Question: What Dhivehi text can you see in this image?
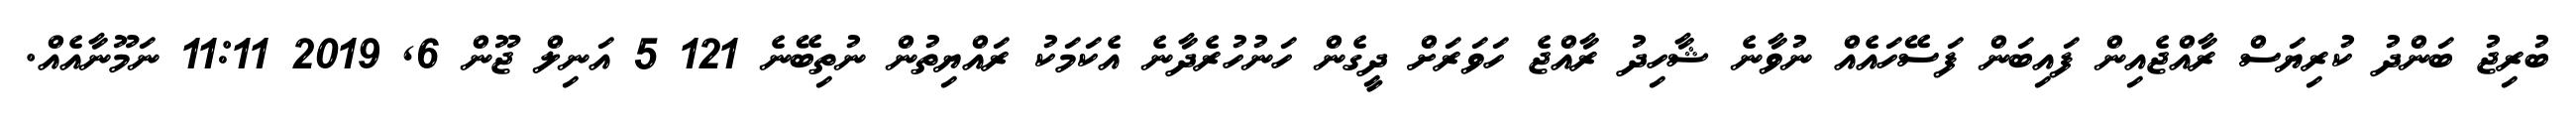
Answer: ބުރިޖު ބަންދު ކުރިޔަސް ރާއްޖެއިން ފައިބަން ފަސޭހައެއް ނުވާނެ ޝާހިދު ރާއްޖެ ހަވަރަށް ދީގެން ހަނުހުރެދާނެ އެކަމަކު ރައްޔިތުން ނުތިބޭނެ 121 5 އަނިލް ޖޫން 6, 2019 11:11 ނަމޫނާއެއް.